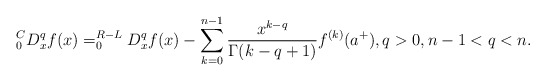
\begin{align*}_{0}^{C}D_{x}^{q}f(x)=_{0}^{R-L}D_{x}^{q}f(x)-\sum_{k=0}^{n-1}\frac{x^{k-q}}{\Gamma(k-q+1)}f^{(k)}(a^{+}),q>0,n-1<q<n.\end{align*}